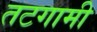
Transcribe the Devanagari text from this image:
तटगामी